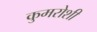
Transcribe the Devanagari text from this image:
कुमरोशी